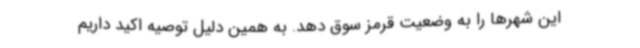
این شهرها را به وضعیت قرمز سوق دهد. به همین دلیل توصیه اکید داریم